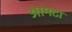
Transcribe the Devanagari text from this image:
आमटा